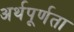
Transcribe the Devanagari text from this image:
अर्थपूर्णता